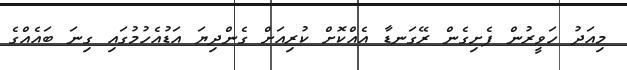
މިއަދު ހަވީރުން ފެށިގެން ރޭގަނޑާ އެއްކޮށް ކުރިއަށް ގެންދިޔަ އަޑުއެހުމުގައި ގިނަ ބައެއްގެ